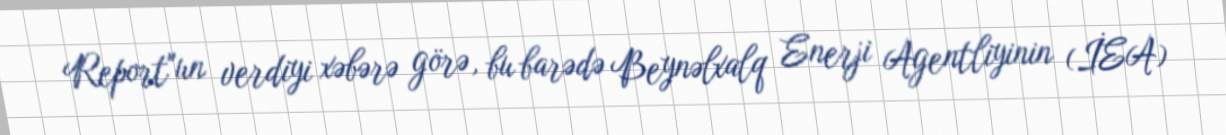
Report"un verdiyi xəbərə görə, bu barədə Beynəlxalq Enerji Agentliyinin (İEA)